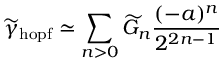
\widetilde \gamma _ { \mathrm { h o p f } } \simeq \sum _ { n > 0 } \widetilde { G } _ { n } { \frac { ( - a ) ^ { n } } { 2 ^ { 2 n - 1 } } }